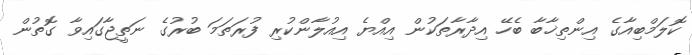
ކޮލަމްބިއާގެ އިންތިޚާބާ ބެހޭ އިދާރާތަކުން އިއްޔެ އިއުލާންކުރި ފުރަތަމަ ބުރުގެ ނަތީޖާގައިވާ ގޮތުން